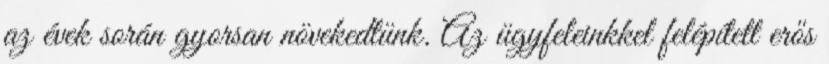
az évek során gyorsan növekedtünk. Az ügyfeleinkkel felépített erős